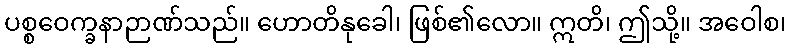
ပစ္စဝေက္ခနာဉာဏ်သည်။ ဟောတိနုခေါ၊ ဖြစ်၏လော။ ဣတိ၊ ဤသို့။ အဝေါစ၊